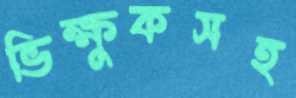
ভিক্ষুকসহ